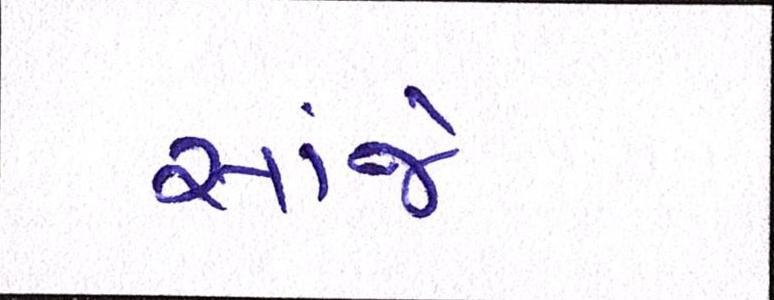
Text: સાંજે